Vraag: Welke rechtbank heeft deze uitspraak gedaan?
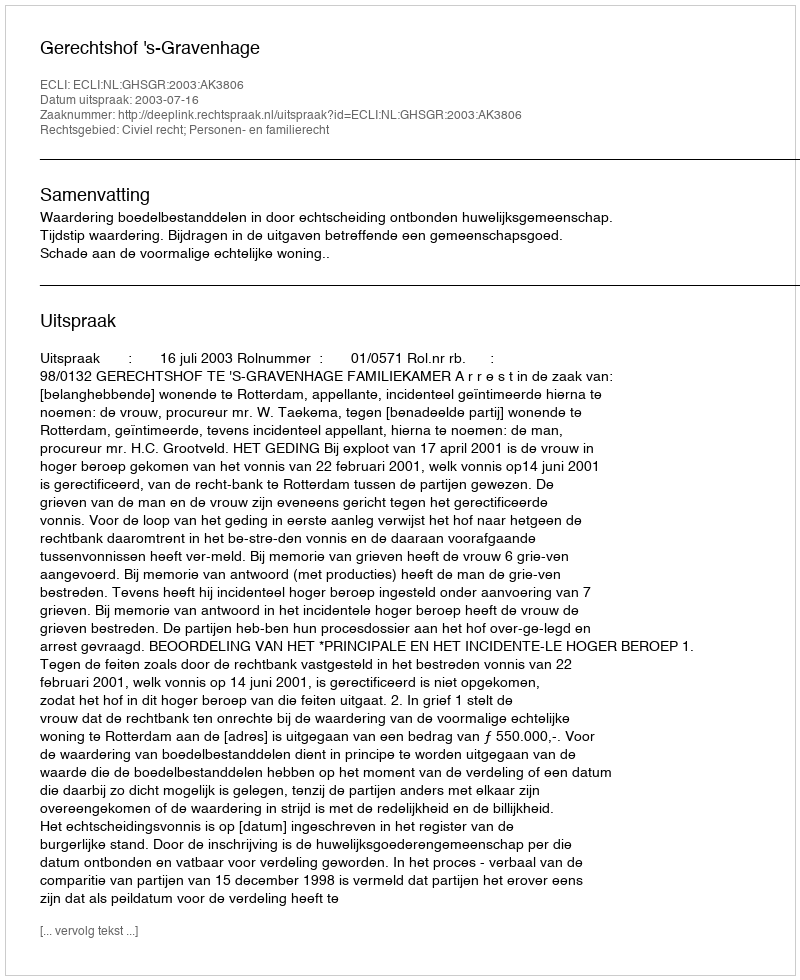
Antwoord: Gerechtshof 's-Gravenhage